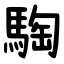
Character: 騊